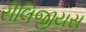
રીલિજીયસ